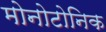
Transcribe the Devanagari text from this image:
मोनोटोनिक